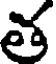
త